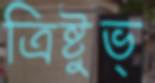
ত্রিষ্টুভ্‌